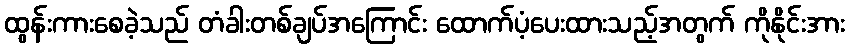
ထွန်းကားစေခဲ့သည် တံခါးတစ်ချပ်အကြောင်း ထောက်ပံ့ပေးထားသည့်အတွက် ကိုနိုင်းအား